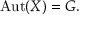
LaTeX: { \mathrm { A u t } } ( X ) = G .